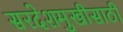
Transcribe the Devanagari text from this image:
सरदेशमुखीसाठी